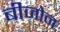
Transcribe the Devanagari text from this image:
बीजोन